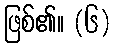
ဖြစ်၏။ (၆)